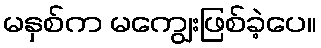
မနှစ်က မကျွေးဖြစ်ခဲ့ပေ။